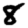
Digit: 8